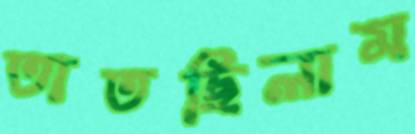
তাতছিলাম